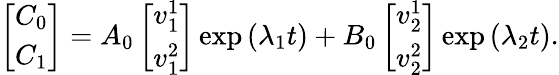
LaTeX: \left[\begin{array}{l}{C_{0}}\\ {C_{1}}\end{array}\right]=A_{0}\left[\begin{array}{l}{v_{1}^{1}}\\ {v_{1}^{2}}\end{array}\right]\exp{(\lambda_{1}t)}+B_{0}\left[\begin{array}{l}{v_{2}^{1}}\\ {v_{2}^{2}}\end{array}\right]\exp{(\lambda_{2}t)}.